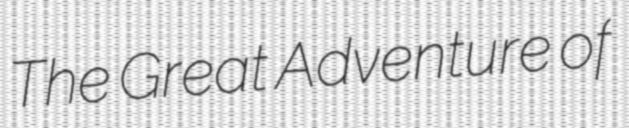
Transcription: The Great Adventure of